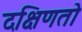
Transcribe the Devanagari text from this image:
दक्षिणतो